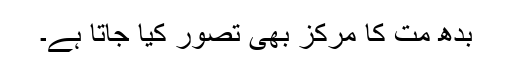
بدھ مت کا مرکز بھی تصور کیا جاتا ہے۔